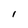
Character: I